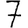
Digit: 7